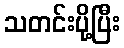
သတင်းပို့ပြီး